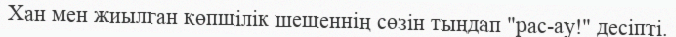
Хан мен жиылган көпшілік шешеннің сөзін тыңдап "рас-ау!" десіпті.